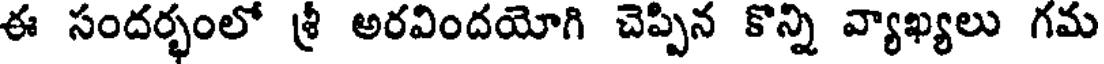
ఈ సందర్భంలో శ్రీ అరవిందయోగి చెప్పిన కొన్ని వ్యాఖ్యలు గమ